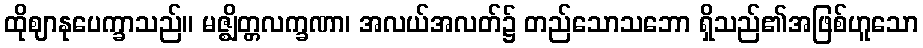
ထိုဈာနုပေက္ခာသည်။ မဇ္ဈိတ္တလက္ခဏာ၊ အလယ်အလတ်၌ တည်သောသဘော ရှိသည်၏အဖြစ်ဟူသော